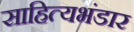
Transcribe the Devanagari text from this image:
साहित्यभंडार